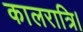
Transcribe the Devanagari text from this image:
कालरात्रि।